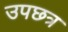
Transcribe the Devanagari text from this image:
उपछत्र